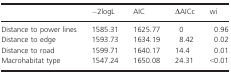
|  | −2logL | AIC | ΔAICc | wi |
 | --- | --- | --- | --- | --- |
 | Distance to power lines | 1585.31 | 1625.77 | 0 | 0.96 |
 | Distance to edge | 1593.73 | 1634.19 | 8.42 | 0.02 |
 | Distance to road | 1599.71 | 1640.17 | 14.4 | 0.01 |
 | Macrohabitat type | 1547.24 | 1650.08 | 24.31 | <0.01 |